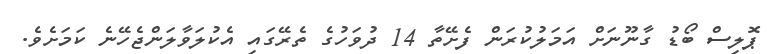
ޕޮލިސް ބޯޑު ގާނޫނަށް އަމަލުކުރަން ފެށޭތާ 14 ދުވަހުގެ ތެރޭގައި އެކުލަވާލަންޖެހޭނެ ކަމަށެވެ.